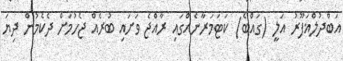
އަބްދުލްޣަފޫރު އަލީ (ގައްބެ) ކަޓަމަރާނެއްގައި ރާއްޖެ ވަށައި ބުރެއް ޖެހުމަށް ދެކެމުން ދިޔަ